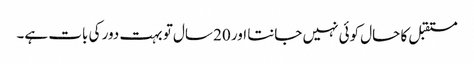
مستقبل کا حال کوئی نہیں جانتا اور 20 سال تو بہت دور کی بات ہے۔